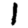
Digit: 1